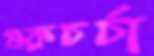
গুরুচর্চা